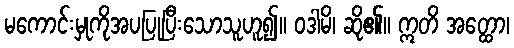
မကောင်းမှုကိုအပပြုပြီးသောသူဟူ၍။ ဝဒါမိ၊ ဆို၏။ ဣတိ အတ္ထော၊